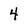
Character: 4